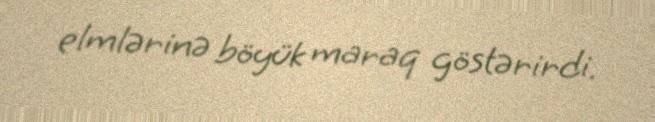
elmlərinə böyük maraq göstərirdi.